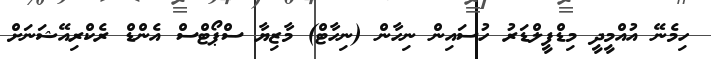
ހިމެނޭ އުއްމީދީ މިޑްފީލްޑަރު ހުސައިން ނިހާން (ނިހާޓް) މާޒިޔާ ސްޕޯޓްސް އެންޑް ރެކްރިއޭޝަނަށް